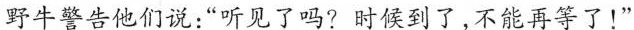
野牛警告他们说：”听见了吗?时候到了，不能再等了！”